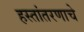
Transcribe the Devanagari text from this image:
हस्तांतरणाचे